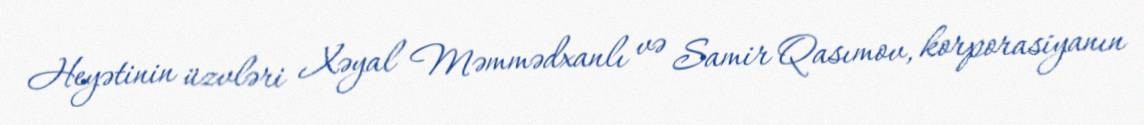
Heyətinin üzvləri Xəyal Məmmədxanlı və Samir Qasımov, korporasiyanın